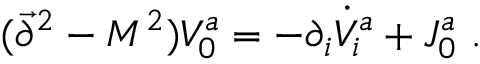
( \vec { \partial } ^ { 2 } - M ^ { 2 } ) V _ { 0 } ^ { a } = - \partial _ { i } \dot { V } _ { i } ^ { a } + J _ { 0 } ^ { a } ~ .